Lock hospitals Punjab
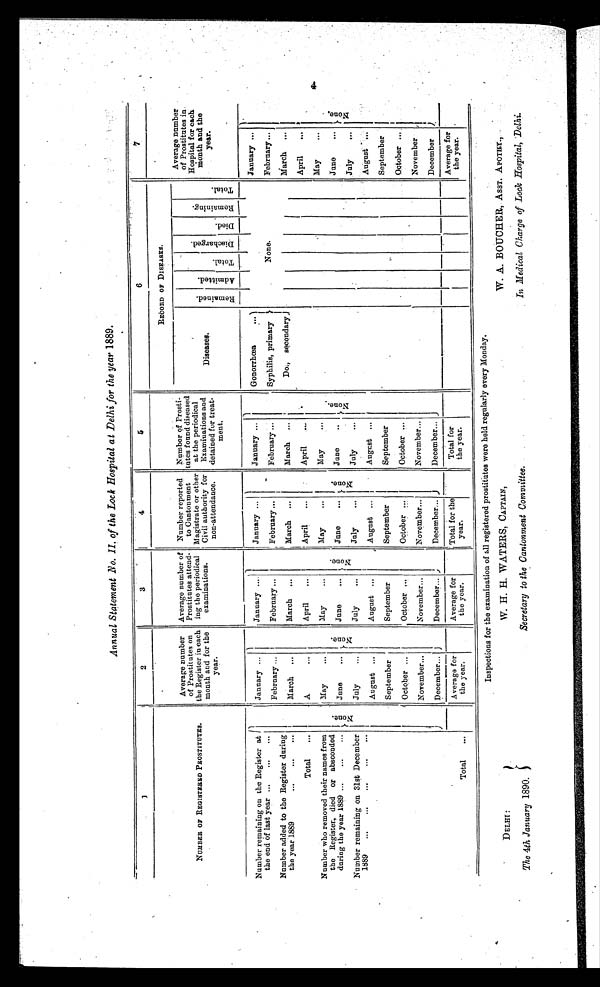
DELHI :
The 4th January 1890.
W. H. H. WATERS, CAPTAIN,
Secretary to the Cantonment Committee.
W. A. BOUCHER, ASST. APOTHY.,
In Medical Charge of Lock Hospital, Delhi.
Annual Statement Bo. II, of the Lock Hospital at Delhi for the year 1889.
1
2
3
4
5
6
7
NUMBER OF REGISTERED PROSTITUTES.
Average number
of Prostitutes on
the Register in each
month and for the
year.
Average number of
Prostitutes attend-
ing the periodical
examinations.
Number reported
to Cantonment
Magistrate or other
Civil authority for
non-attendance.
Number of Prosti-
tutes found diseased
at the periodica
Examinations and
detained for treat-
ment.
RECORD OF DISEASES.
Average number
of prostitutes
in Hospital for each
and the
y e a r
Diseases .
R e m a i n e d .
A d m i t t e d .
T o t a l .
D i s c h a r g e d .
Died.
R e i n i n g . D
T o t a l .
Number remaining on the Register at
the end of last year
January
January
January
January
Gonorrhœa
January
February
February
February
February
Syphilis, primary
None.
February
Number added to the Register during
the year 1889
March
March
March
March
Do., secondary
March
Total
April
April
April
April
April
Number who removed their names from
the Register, died or absconded
during the year 1889
N o n e .
May
N o n e .
May
N o n e .
May
N o n e .
May
N o n e .
May
June
June
June
Jane
June
None.
Number remaining on 31st December
1889
July
July
July
July
July
August
August
August
August
August
September
September
September
September
September
October
October
October
October
October
November
November
November
November
November
December
December
December
December
December
Total
Average for
the year.
Average for
the year.
Total for the
year.
Total for
the year.
Average for
the year.
Inspections for the examination of all registered prostitutes were held regularly every Monday.
4